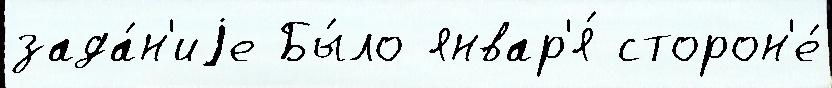
зада́н'иjе Бы́ло январ'я́ сторон'е́